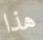
هذا